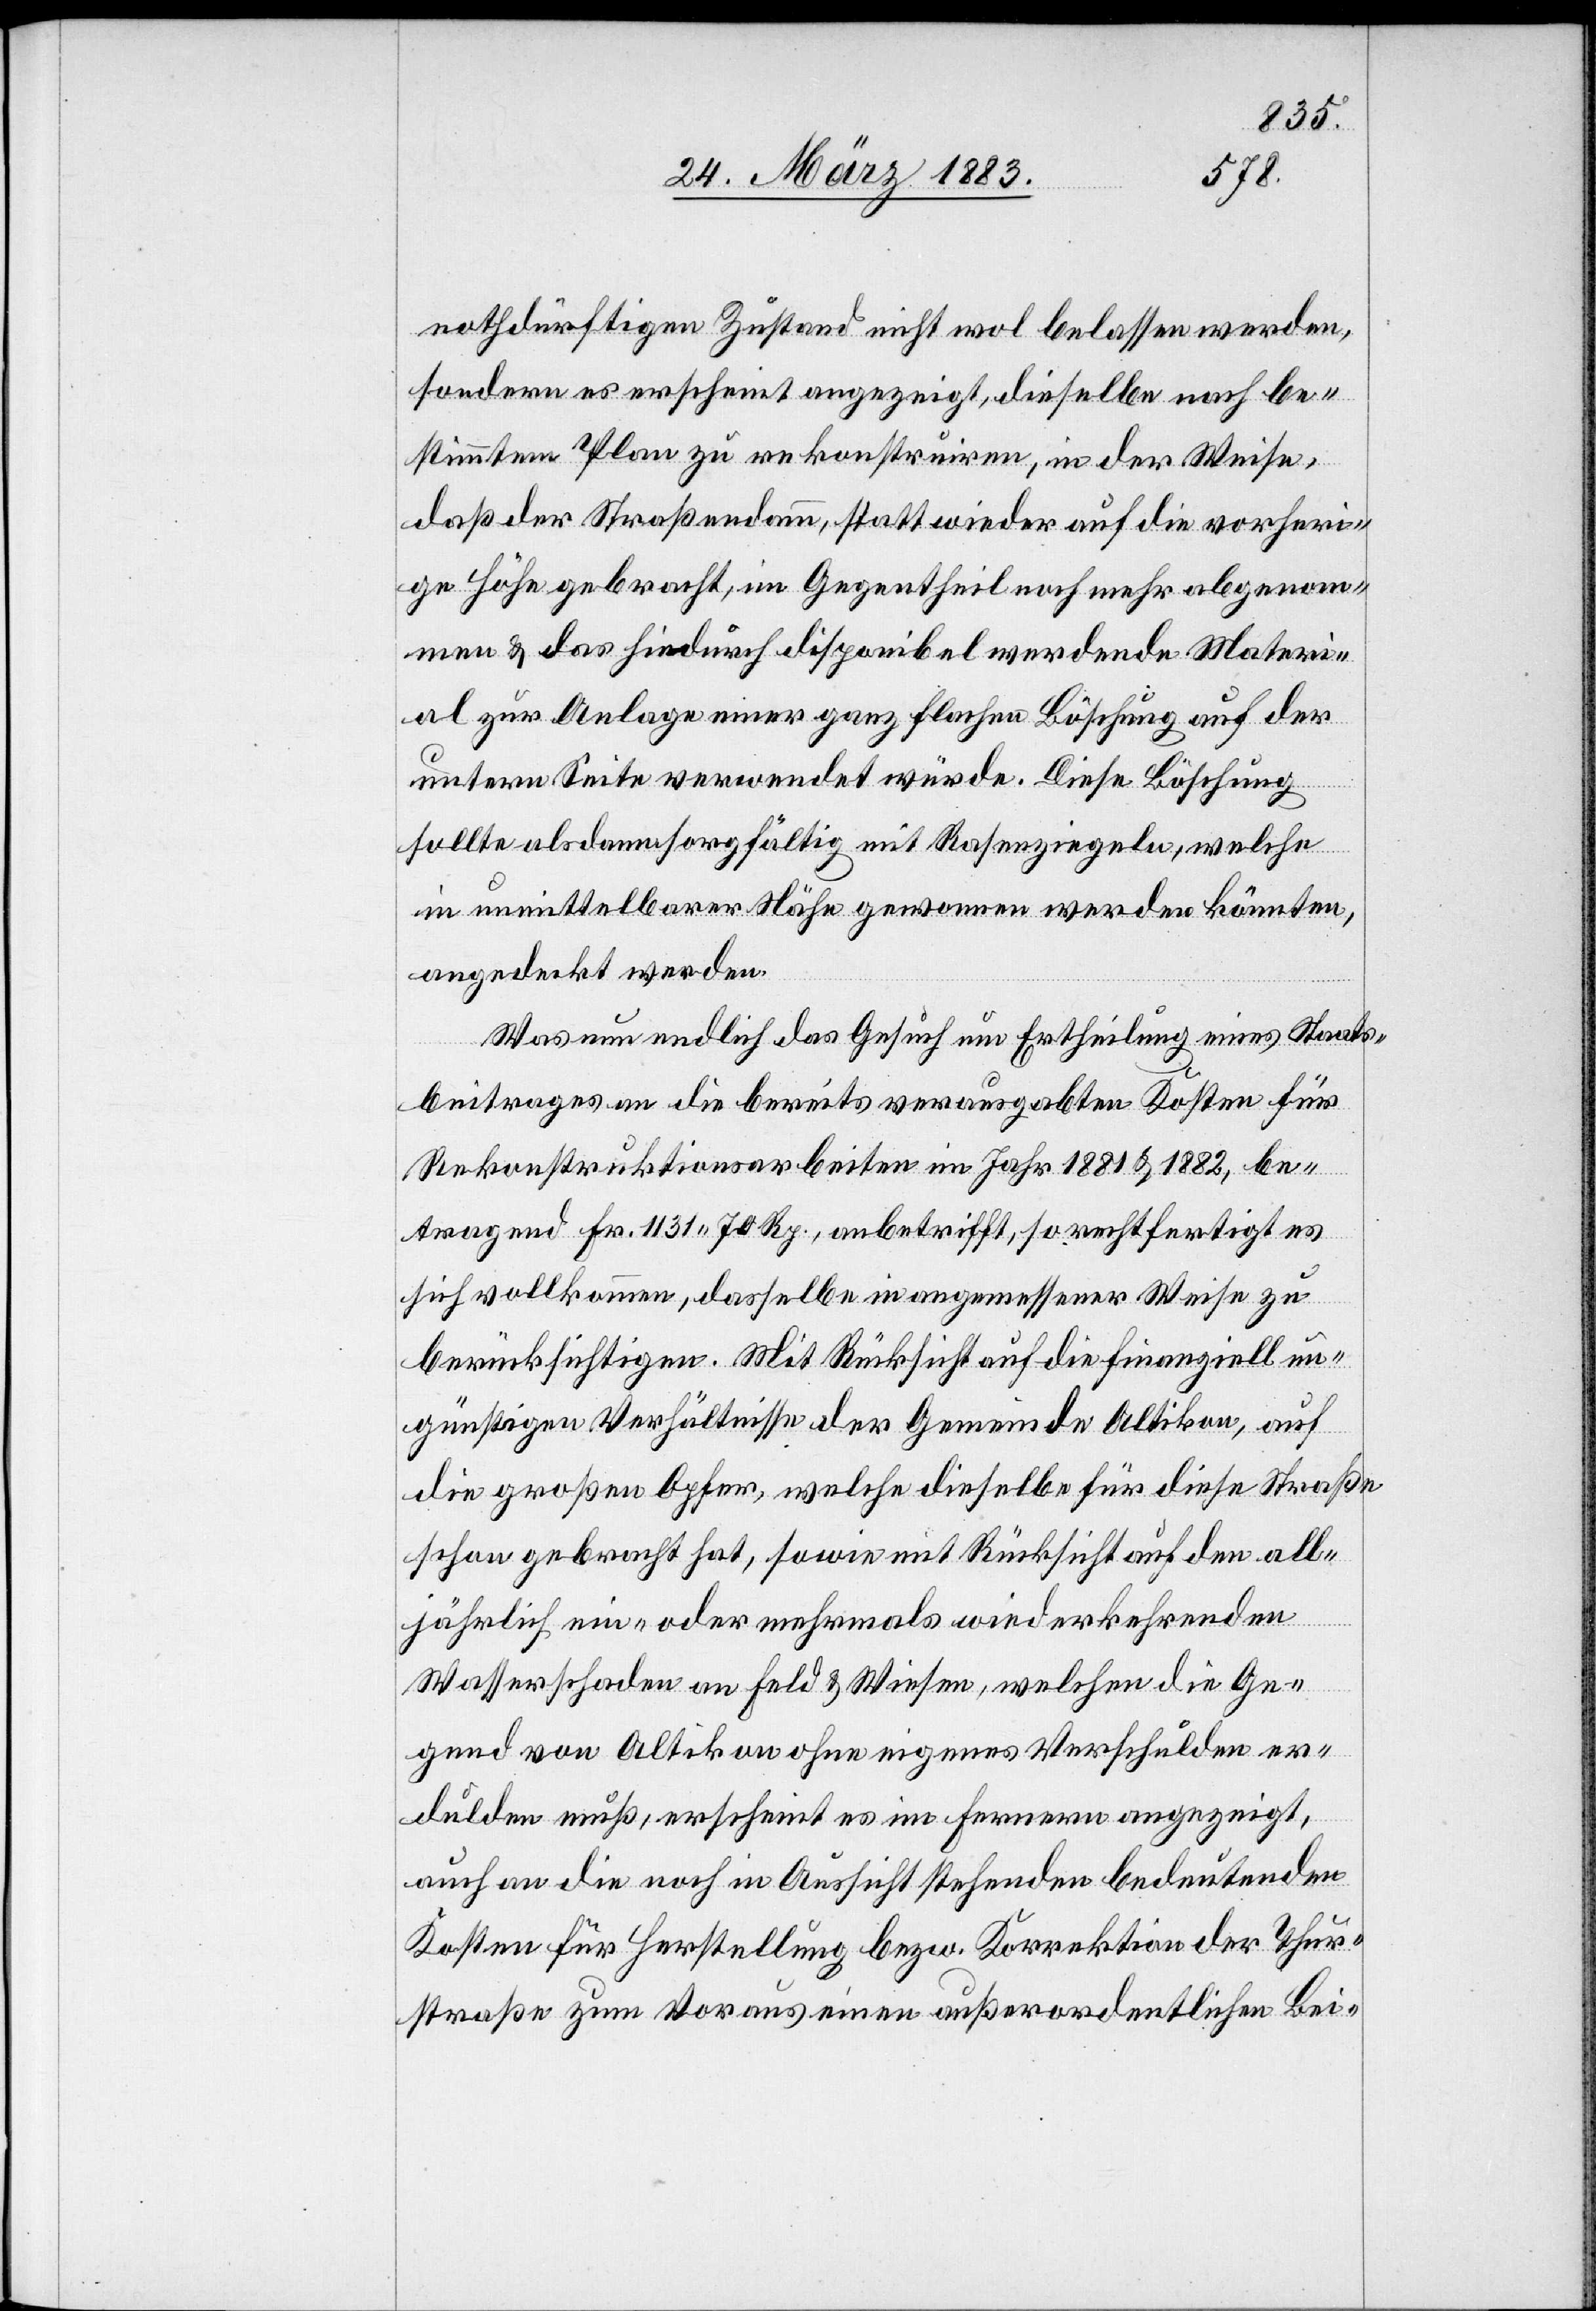
nothdürftigen Zustand nicht wol belassen werden,
sondern es erscheint angezeigt, dieselbe nach be¬
stimmtem Plan zu rekonstruiren, in der Weise,
daß der Straßendamm, statt wieder auf die vorheri¬
ge Höhe gebracht, im Gegentheil noch mehr abgenom¬
men & das hiedurch disponibel werdende Materi¬
al zur Anlage einer ganz flachen Böschung auf der
untern Seite verwendet würde. Diese Böschung
sollte alsdann sorgfältig mit Rasenziegeln, welche
in unmittelbarer Nähe gewonnen werden könnten,
angedeckt werden.
Was nun endlich das Gesuch um Ertheilung eines Staats¬
beitrages an die bereits verausgabten Kosten für
Rekonstruktionsarbeiten im Jahr 1881 & 1882, be¬
tragend Fr. 1131 70 Rp., anbetrifft, so rechtfertigt es
sich vollkommen, dasselbe in angemessener Weise zu
berücksichtigen. Mit Rücksicht auf die finanziell un¬
günstigen Verhältnisse der Gemeinde Altikon, auf
die großen Opfer, welche dieselbe für diese Straße
schon gebracht hat, sowie mit Rücksicht auf den all¬
jährlich ein- oder mehrmals wiederkehrenden
Wasserschaden an Feld & Wiesen, welchen die Ge¬
gend von Altikon ohne eigenes Verschulden er¬
dulden muß, erscheint es im Fernern angezeigt,
auch an die noch in Aussicht stehenden bedeutenden
Kosten für Herstellung bezw. Korrektion der Thur¬
straße zum Voraus einen außerordentlichen Bei-